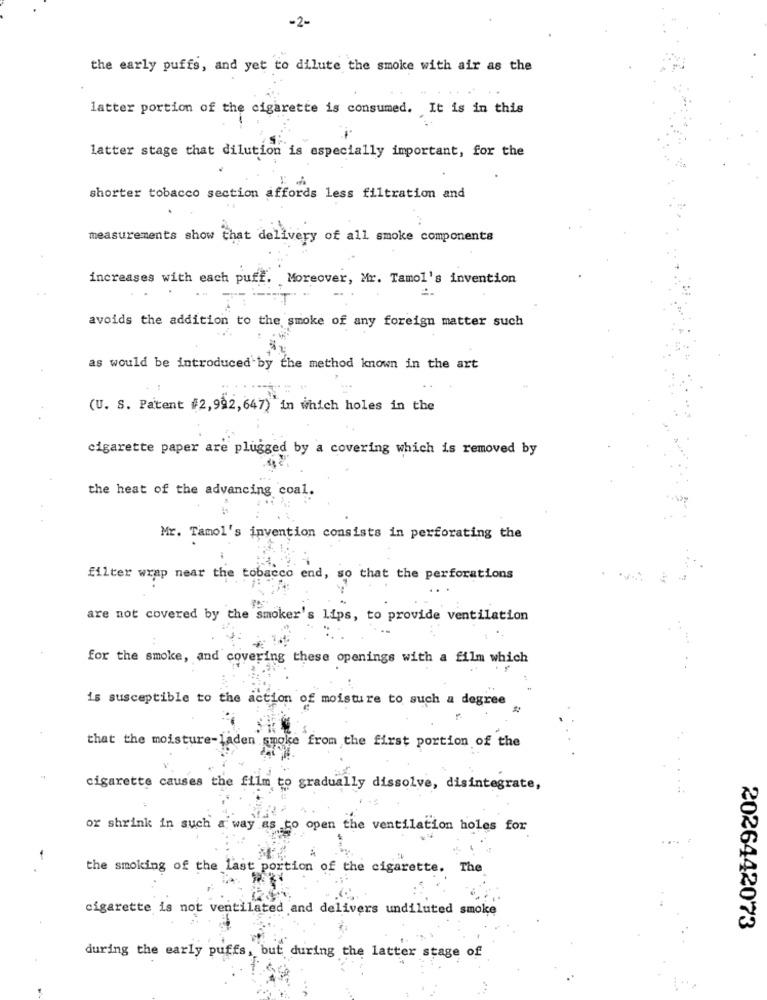
-2-
the early puffs, and yet to dilute the smoke with air as the
latter portion of the cigarette is consumed. It is in this
latter stage that dilution is especially important, for the
shorter tobacco section affords less filtration and
measurements show chat delivery of all smoke components
increases with each puff. Moreover, Mr. Tamol's invention
=
avoids the addition to the smoke of any foreign matter such
as would be introduced by the method known in the art
(U. S. Patent #2,992,647)" in which holes in the
cigarette paper are plugged by a covering which is removed by
the heat of the advancing coal.
Mr. Tamol's invention consists in perforating the
filter wrap near the tobacco end, so that the perforations
are not covered by the smoker's lips, to provide ventilation
for the smoke, and covering these openings with a film which
is susceptible to the action of moisture to such a degree
that the moisture-laden smoke from the first portion of the
cigarette causes the film to gradually dissolve, disintegrate,
or shrink in such a way as to open the ventilation holes for
-
the smoking of the last portion of the cigarette. The
cigarette is not ventilated and delivers undiluted smoke
2026442073
during the early puffs, but during the latter stage of